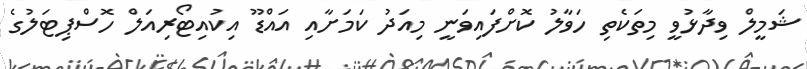
ޝަމީލް ވިދާޅުވީ މިތަކެތި ހަވާލު ކޮށްފައިވަނީ މިއަދު ކަމަށާއި އައްޑޫ އިކުއިޓޯރިއަލް ހޮސްޕިޓަލުގެ